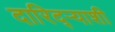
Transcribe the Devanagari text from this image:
दारिद्ऱ्याशी